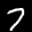
Label: 7